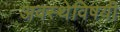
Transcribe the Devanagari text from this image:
अवस्थेविषयी